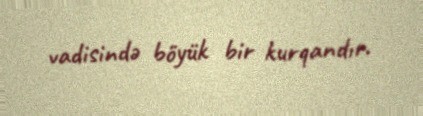
vadisində böyük bir kurqandır.